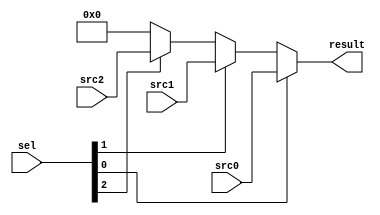
// scala version

module SEL_PRI_32x3 (
  input      [31:0]   src0,
  input      [31:0]   src1,
  input      [31:0]   src2,
  input      [2:0]    sel,
  output reg [31:0]   result
);

  always @ (*) begin
    if(sel[0])begin
      result = src0;
    end else begin
      if(sel[1])begin
        result = src1;
      end else begin
        if(sel[2])begin
          result = src2;
        end else begin
          result = 32'h0;
        end
      end
    end
  end

endmodule